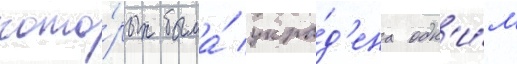
кото́рых была́ укра́д'ена одн'и́м